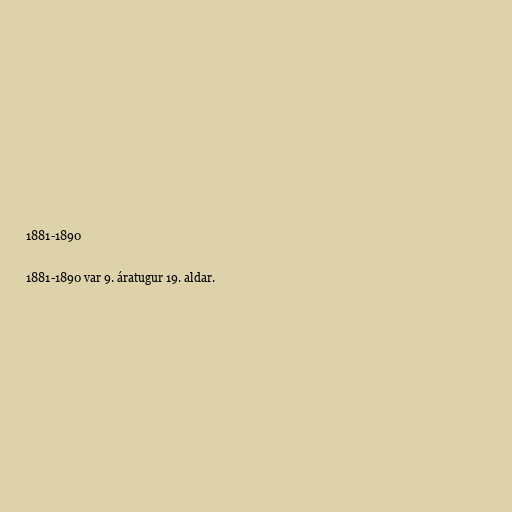
1881-1890

1881-1890 var 9. áratugur 19. aldar.